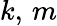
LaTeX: k,\, m